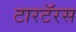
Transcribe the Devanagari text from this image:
टारटॅरस